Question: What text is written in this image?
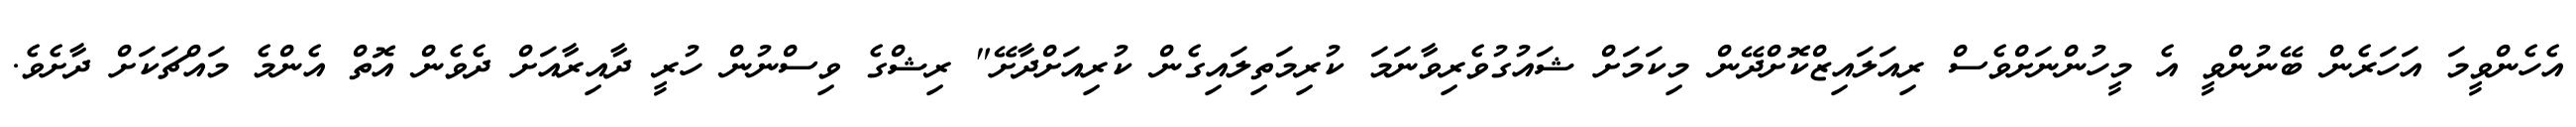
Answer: އެހެންވީމަ އަހަރެން ބޭނުންވީ އެ މީހުންނަށްވެސް ރިއަލައިޒްކޮށްދޭން މިކަމަށް ޝައުގުވެރިވާނަމަ ކުރިމަތިލައިގެން ކުރިއަށްދާށޭ" ރިޝްގެ ވިސްނުން ހުރީ ދާއިރާއަށް ދެވެން އޮތް އެންމެ މައްޗަކަށް ދާށެވެ.